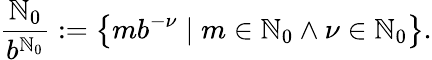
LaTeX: {\frac{\mathbb{N}_{0}}{b^{\mathbb{N}_{0}}}}:=\left\{ mb^{-\nu}\mid m\in\mathbb{N}_{0}\wedge\nu\in\mathbb{N}_{0}\right\} .